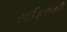
રાઈફલથી